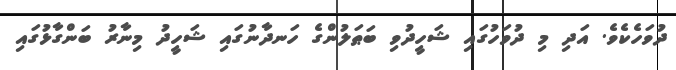
ދުވަހެކެވެ. އަދި މި ދުވަހުގައި ޝަހީދުވި ބަޠަލުންގެ ހަނދާނުގައި ޝަހީދު މިނާރު ބަންގާޅުގައި